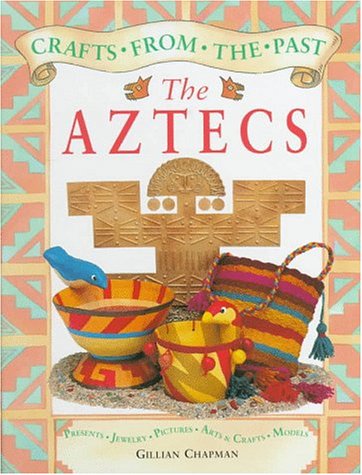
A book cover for The Aztecs (Crafts from the Past); Gillian Chapman; Children's Books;